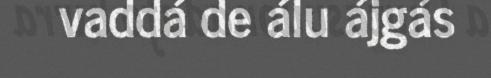
vaddá de álu ájgás